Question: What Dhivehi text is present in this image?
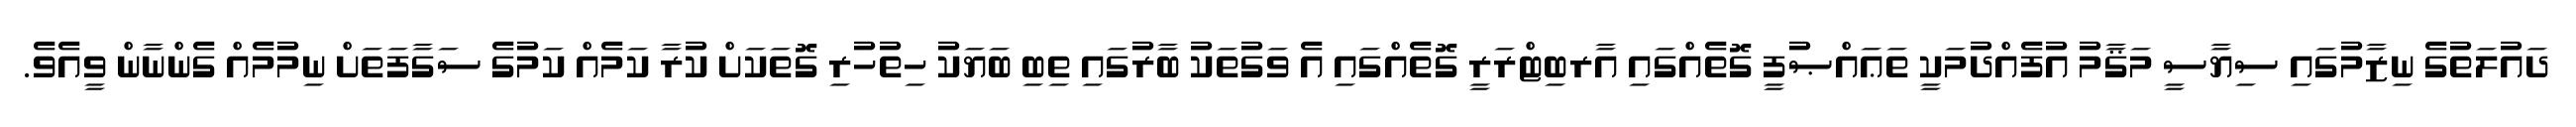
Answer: ދައުލަތުގެ ނިޒާމުގައި ސިޔާސީ މަޤާމު އުފެއްދުމަކީ ތަޢައްޞުފީ ގޮތެއްގައި އާރބިޓްރަރީ ގޮތެއްގައި އެ ވަގުތަކު ބާރުގައި ތިބި ބަޔަކު ހިތުހުރި ގޮތަކަށް ކުރާ ކަމެއް ކަމުގެ ސަގާފަތަށް ނިމުމެއް ގެންނާން ވީއެވެ.